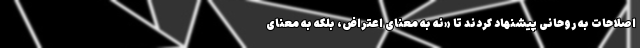
اصلاحات به روحانی پیشنهاد کردند تا «نه به معنای اعتراض، بلکه به معنای